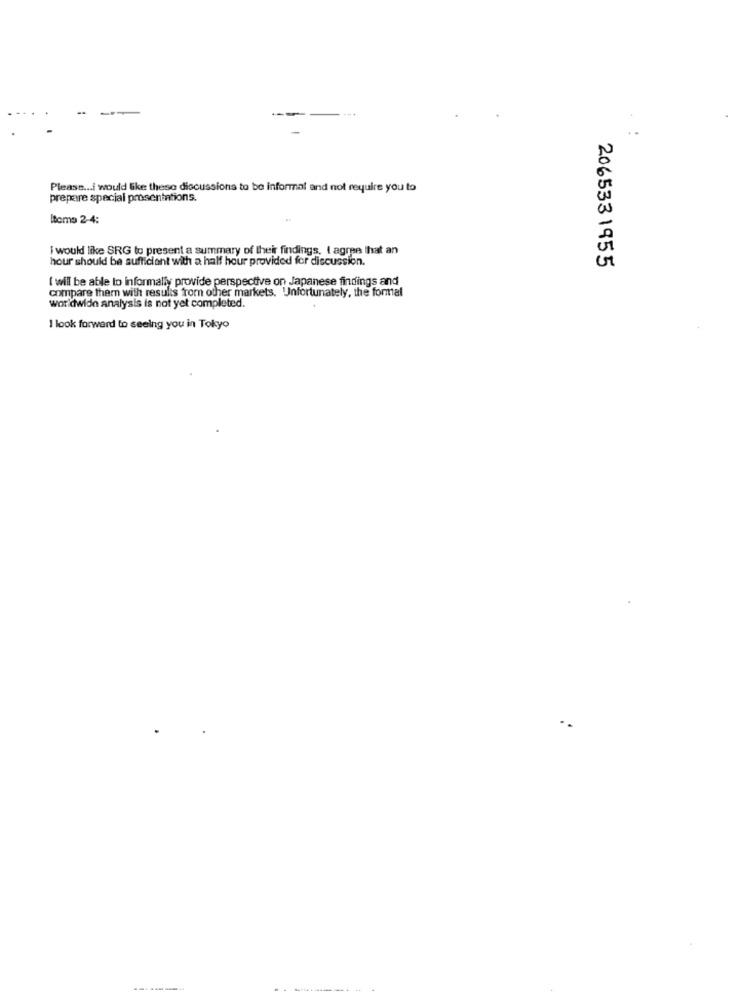
Please ... I would like these discussions to be informal and not require you to
prepare special prosentations.
Itoma 2-4:
I would like SRG to present a summary of their findings. I agree that an
hour should be sufficient with a half hour provided for discussion.
2065331955
I will be able to informally provide perspective on Japanese findings and
compare them with results from other markets. Unfortunately, the formal
worldwide analysis is not yet completed.
I look forward to seeing you in Tokyo
--------